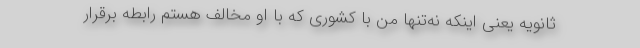
ثانویه یعنی اینکه نه‌تنها من با کشوری که با او مخالف هستم رابطه برقرار